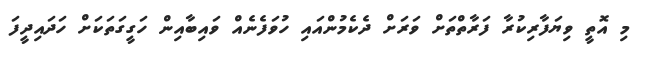
މި އޮތީ ވިޔަފާރިކުރާ ފަރާތްތަށް ވަރަށް ދެކެމުންއައި ހުވަފެެނެއް ވައިބާއިން ހަގީގަތަކަށް ހަދައިދީފަ